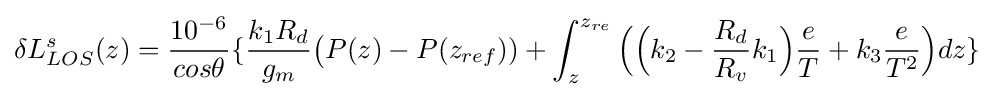
\delta L_{LOS}^{s}(z)={\frac {10^{-6}}{cos\theta }}\{{\frac {k_{1}R_{d}}{g_{m}}}{\bigl (}P(z)-P(z_{ref}))+\int _{z}^{z_{re}}{\Bigl (}{\Bigl (}k_{2}-{\frac {R_{d}}{R_{v}}}k_{1}{\Bigr )}{\frac {e}{T}}+k_{3}{\frac {e}{T^{2}}}{\Bigr )}dz\}